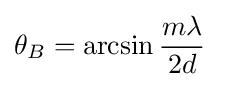
\theta _{B}=\arcsin {\frac {m\lambda }{2d}}\